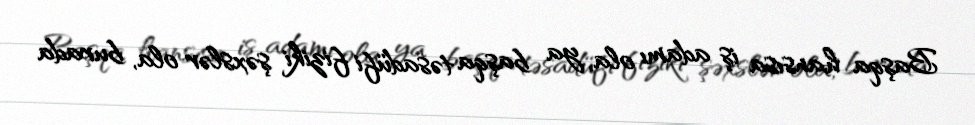
Başqa hansısa iş adamı ola, ya başqa təsadüfi fiziki şəxslər ola, burada